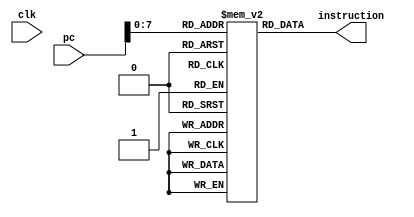
module instruction_memory(clk,pc, instruction);

input clk;
input[31:0] pc;
output[31:0] instruction;
reg[31:0] instruction;

//256 registers of 32-bits each
reg[31:0] instr_memory[255:0]; 


//MIPS assembly program in binary format
initial 
begin

//LW instructions
instr_memory[0] = 32'b10001100000000010000000000000000;
instr_memory[1] = 32'b10001100000000100000000000000001;
instr_memory[2] = 32'b10001100000000110000000000000010;
instr_memory[3] = 32'b10001100000001000000000000000011;
instr_memory[4] = 32'b10001100000001010000000000000100;
instr_memory[5] = 32'b10001100000001100000000000000101;
instr_memory[6] = 32'b10001100000001110000000000000110;
instr_memory[7] = 32'b10001100000010000000000000000111;
instr_memory[8] = 32'b00000000001001010101000000100001;

//MULT and ADD instructions
instr_memory[9] = 32'b00000000001001010101000000100001; //1 and 5 to 10
instr_memory[10] = 32'b00000000010001110101100000100001; // 2 and 7 to 11
instr_memory[11] = 32'b00000000011001010110000000100001; // 3 and 5 to 12
instr_memory[12] = 32'b00000000100001110110100000100001; // 4 and 7 to 13
instr_memory[13] = 32'b00000000001001100111000000100001; //1 and 6 to 14
instr_memory[14] = 32'b00000000010010000111100000100001; // 2 and 8 to 15
instr_memory[15] = 32'b00000000011001101000000000100001; // 3 and 6 to 16
instr_memory[16] = 32'b00000000100010001000100000100001; // 4 and 8 to 17

//Output Matrix
instr_memory[17] = 32'b00000001010010111010000000100000; // 10 + 11 = 20
instr_memory[18] = 32'b00000001110011111010100000100000; // 14 + 15 = 21
instr_memory[19] = 32'b00000001100011011011000000100000; // 12 + 13 = 33
instr_memory[20] = 32'b00000010000100011011100000100000; // 16 + 17 = 23


end


//Instruction fetch
always @(*)
begin
    instruction = instr_memory[pc];
end

endmodule